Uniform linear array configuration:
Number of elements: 16
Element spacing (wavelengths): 0.25
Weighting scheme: hann
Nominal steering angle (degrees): -15
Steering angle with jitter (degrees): -14.708
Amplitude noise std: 0.05
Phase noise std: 0.05

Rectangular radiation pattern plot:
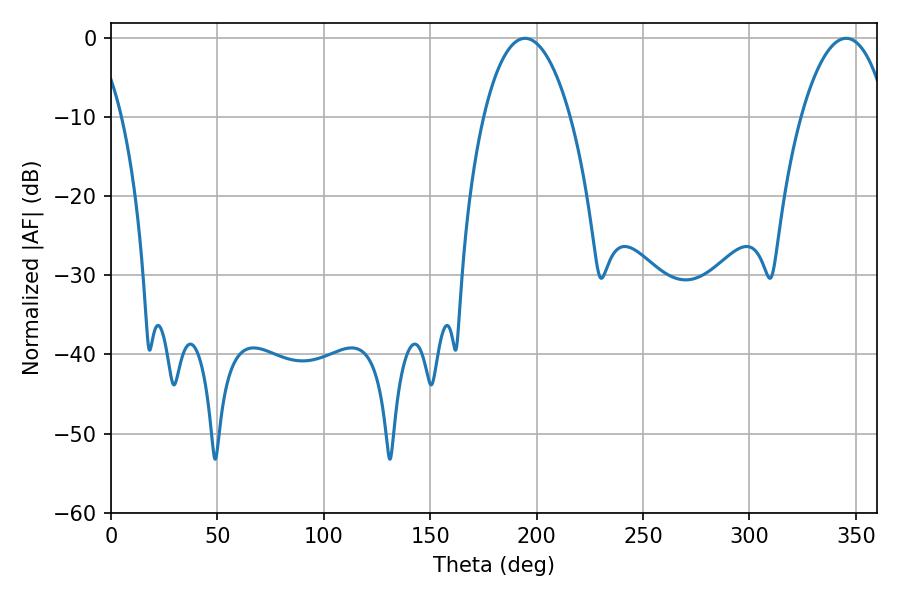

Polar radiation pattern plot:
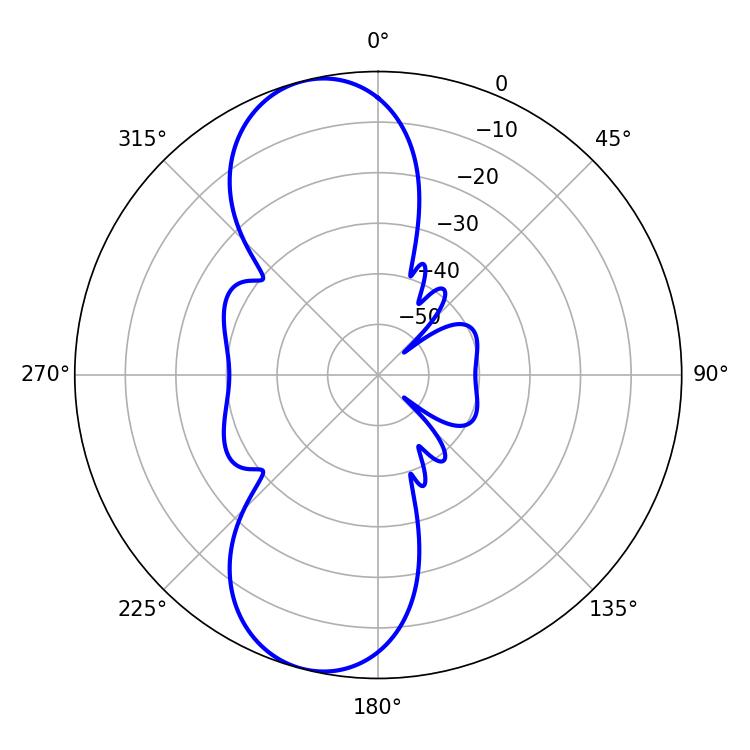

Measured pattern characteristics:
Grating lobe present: FALSE
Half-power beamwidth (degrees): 22.86
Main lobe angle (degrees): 345.42